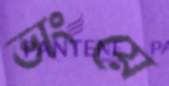
ভাংয়ে